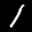
Label: 1